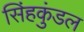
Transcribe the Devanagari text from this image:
सिंहकुंडल